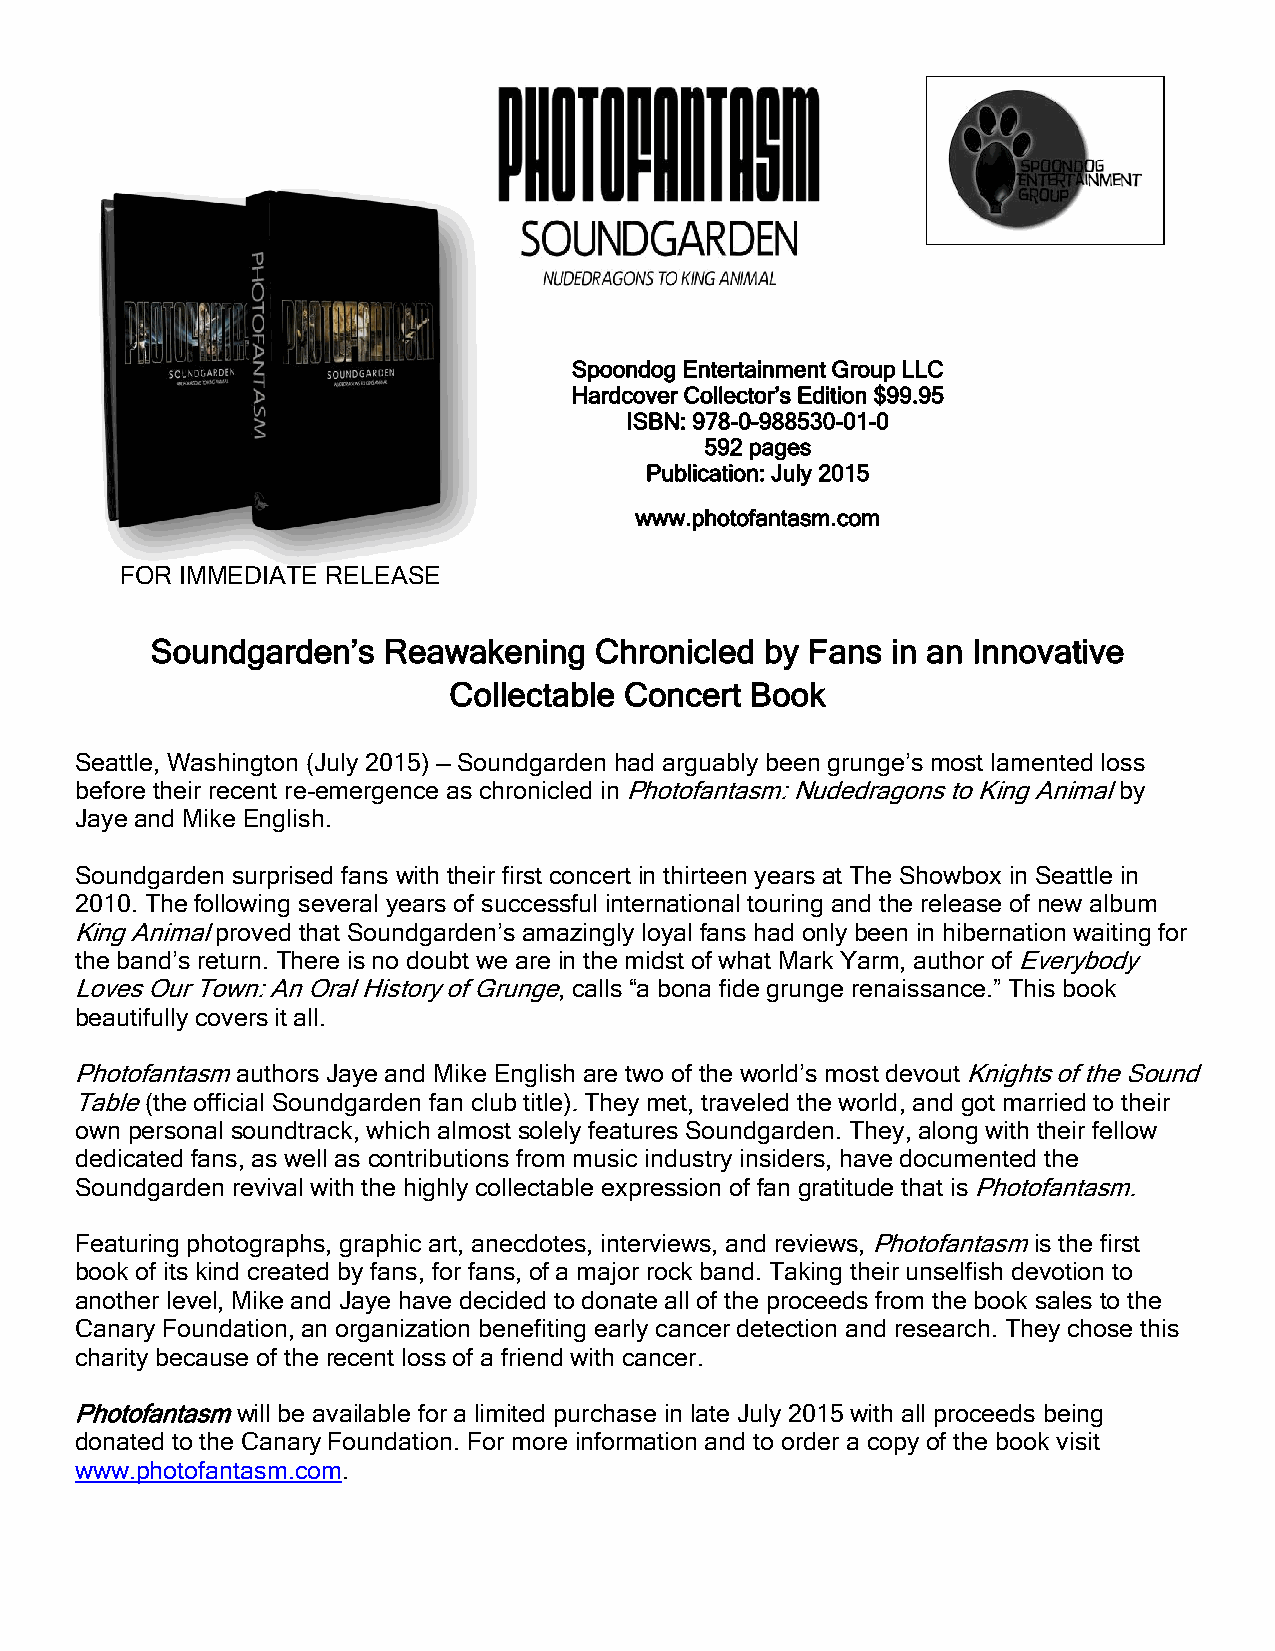
Spoondog Entertainment Group LLC
 Hardcover Collector’s Edition $99.95
 ISBN: 978-0-988530-01-0
 592 pages
 Publication: July 2015
 www.photofantasm.com
 FOR IMMEDIATE RELEASE
 Soundgarden’s  Reawakening   Chronicled  by Fans in an Innovative
 Collectable Concert Book
 Seattle, Washington (July 2015) — Soundgarden had arguably been grunge’s most lamented loss
 before their recent re-emergence as chronicled in Photofantasm: Nudedragons to King Animal by
 Jaye and Mike English.
 Soundgarden surprised fans with their first concert in thirteen years at The Showbox in Seattle in
 2010. The following several years of successful international touring and the release of new album
 King Animal proved that Soundgarden’s amazingly loyal fans had only been in hibernation waiting for
 the band’s return. There is no doubt we are in the midst of what Mark Yarm, author of Everybody
 Loves Our Town: An Oral History of Grunge, calls “a bona fide grunge renaissance.” This book
 beautifully covers it all.
 Photofantasm authors Jaye and Mike English are two of the world’s most devout Knights of the Sound
 Table (the official Soundgarden fan club title). They met, traveled the world, and got married to their
 own personal soundtrack, which almost solely features Soundgarden. They, along with their fellow
 dedicated fans, as well as contributions from music industry insiders, have documented the
 Soundgarden revival with the highly collectable expression of fan gratitude that is Photofantasm.
 Featuring photographs, graphic art, anecdotes, interviews, and reviews, Photofantasm is the first
 book of its kind created by fans, for fans, of a major rock band. Taking their unselfish devotion to
 another level, Mike and Jaye have decided to donate all of the proceeds from the book sales to the
 Canary Foundation, an organization benefiting early cancer detection and research. They chose this
 charity because of the recent loss of a friend with cancer.
 Photofantasm will be available for a limited purchase in late July 2015 with all proceeds being
 donated to the Canary Foundation. For more information and to order a copy of the book visit
 www.photofantasm.com.